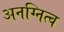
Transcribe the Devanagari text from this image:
अनग्नित्व